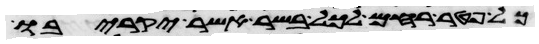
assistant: כל פטר רחם לכל בשר אשר יקריבו